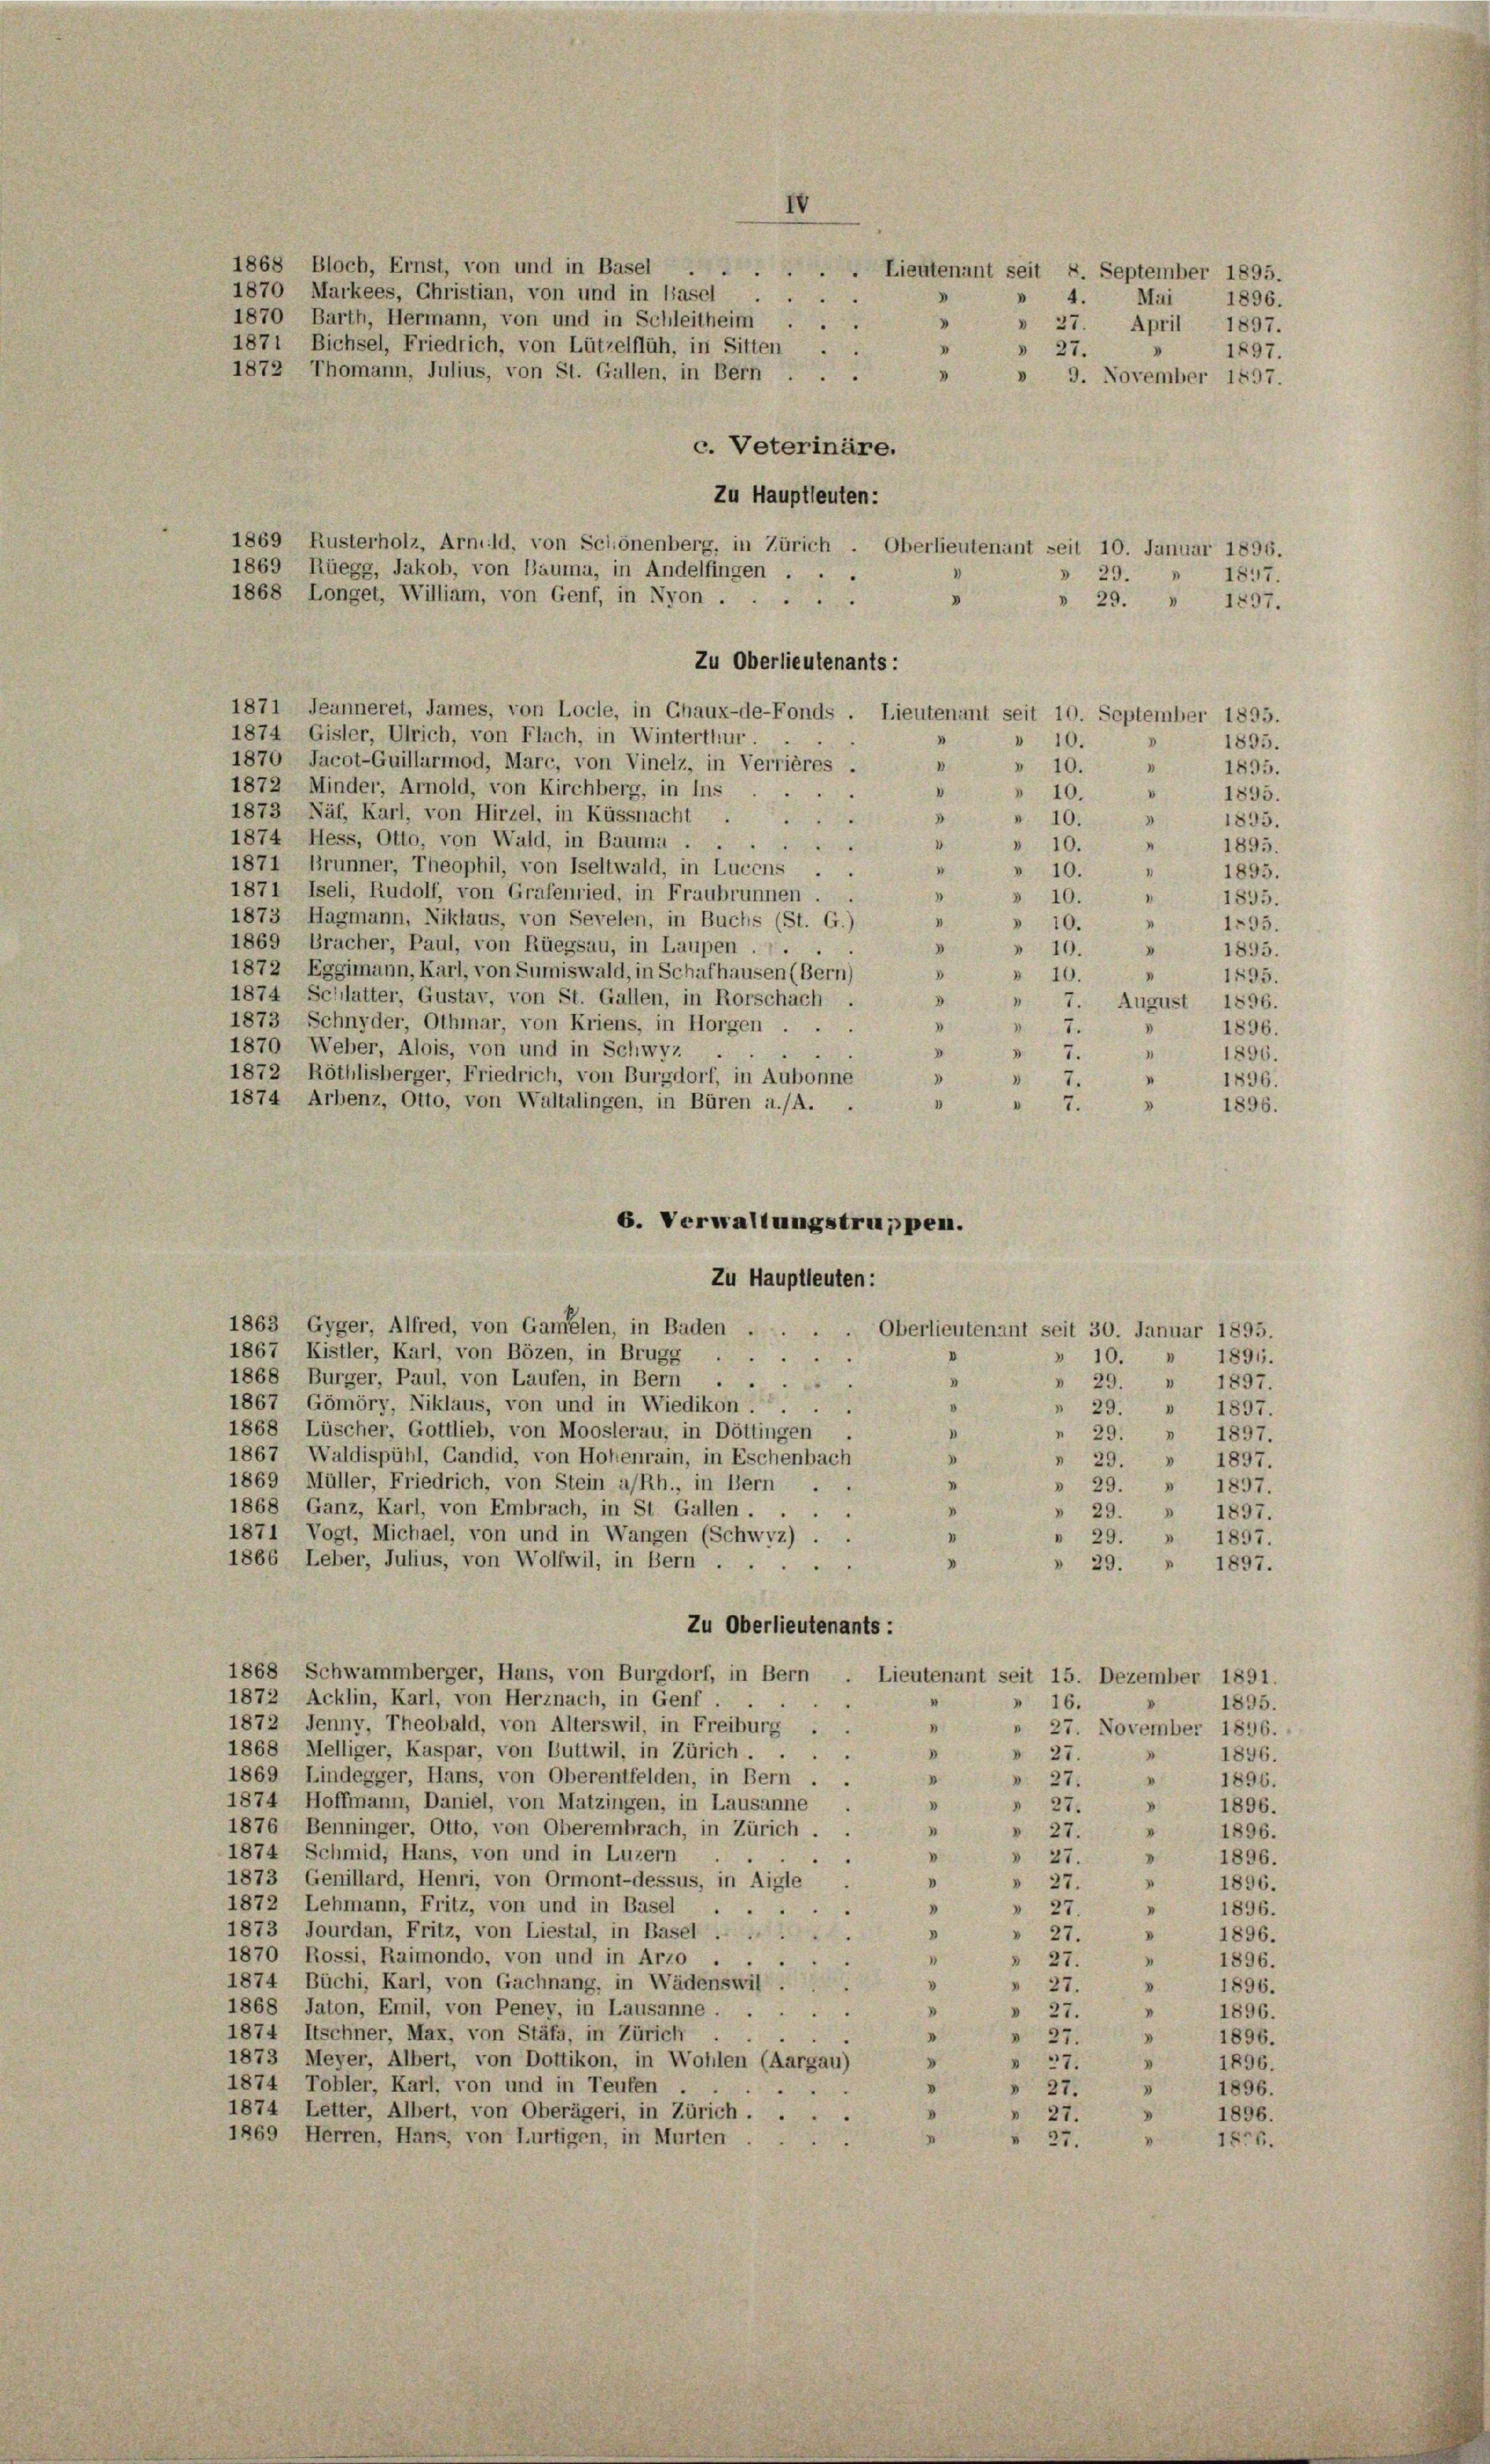
IV

1868 Bloch, Ernst, von und in Basel . . . . . . Lieutenant seit 8. September 1895.
1870 Markees, Christian, von und in Hasel . .
1870 Barth, Hermann, von und in Schleitheim.
"
1871 Bichsel, Friedrich, von Lützelflüh, in Sitten
1872 Thomann, Julius, von St. Gallen, in Bern ...
"
c. Veterinäre.
Zu Hauptleuten:
1869 Rusterholz, Arnold, von Schönenberg, in Zürich.
Oberlieutenant seit 10. Januar 1896.
1869 Rüegg, Jakob, von Bauma, in Andelfingen,
 29.
1897.
1868 Longet, William, von Genf, in Nyon.
»
» 29. » 1837.
Zu Oberlieutenants:
1871 Jeanneret, James, von Locle, in Chaux-de-Fonds,
Lieutenant seit 10. September 1895.
1874 Gisler, Ulrich, von Flach, in Winterthur . .
 10.
1895.
1870 Jacot-Guillarmod, Marc, von Vinelz, in Verrières .
.
 10.
1872 Minder, Arnold, von Kirchberg, in Ins
» 10.
V
1873 Näf, Karl, von Hirzel, in Küssnacht .
8
e
» 10.
u
1874 Hess, Otto, von Wald, in Bauma.
e
 10.
"
1871 Brunner, Theophil, von Iseltwald, in Lucens ..
I
» 10.
I
1871 Iseli, Rudolf, von Grafenried, in Fraubrunnen . .
» 10.
I
1873 Hagmann, Niklaus, von Sevelen, in Buchs (St. G.)
3
" 10.
1869 Bracher, Paul, von Rüegsau, in Laupen ....
» 10. » 1895.
.
1872 Eggimann, Karl, von Sumiswald, in Schafhausen (Bern)
V
10.
I
1874 Schlatter, Gustav, von St. Gallen, in Rorschach .
D.
 7. August 1896.
1873 Schnyder, Othmar, von Kriens, in Horgen ...
7.
1
"
.
1870 Weber, Alois, von und in Schwyz
1896.
1
1872 Röthlisberger, Friedrich, von Burgdorf, in Aubonne
D
1874 Arbenz, Otto, von Waltalingen, in Büren a/A. .
I
6. Verwaltungstruppen.
Zu Hauptleuten:
1863 Gyger, Alfred, von Gamelen, in Baden .
Oberlieutenant seit 30. Januar 1895.
1867 Kistler, Karl, von Bözen, in Brugg.
» 10. » 1891.
D
1868 Burger, Paul, von Laufen, in Bern . .
» 29.
" 1897.
1867 Gömöry, Niklaus, von und in Wiedikon.
 29. » 1897.
1868 Lüscher, Gottlieb, von Mooslerau, in Döttingen
 29. » 1897.
1867, Waldispühl, Candid, von Hohenrain, in Eschenbach
.
 1897.
29.
1869 Müller, Friedrich, von Stein a/Rh., in Bern . .
» 29. » 1837.
1868 Ganz, Karl, von Embrach, in St. Gallen.
29.

1897.
D
1871 Vogt, Michael, von und in Wangen (Schwyz) . .
r
29. » 1897.
1866 Leber, Julius, von Wolfwil, in Bern.
 29.
1897.
Zu Oberlieutenants:
1868 Schwammberger, Hans, von Burgdorf, in Bern
Lieutenant seit 15. Dezember 1891.
1872 Acklin, Karl, von Herznach, in Genf.
» 16.
1895.
1872 Jenny, Theobald, von Alterswil, in Freiburg . .
.
» 27. November 1896.
1868 Melliger, Kaspar, von Buttwil, in Zürich
1
» 27.
1896.
.
1869 Lindegger, Hans, von Oberentfelden, in Bern . .
.
.
1896.
 27.
1874 Hoffmann, Daniel, von Matzingen, in Lausanne
I
 27.
.
1896.
1876 Benninger, Otto, von Oberembrach, in Zürich
1
"
 27.
1896.
1874 Schmid, Hans, von und in Luzern . .
 27.
.
1896.
.
1873 Genillard, Henri, von Ormont-dessus, in Aigle
 27.
.
» 1896.
1872 Lehmann, Fritz, von und in Basel
 27.
"
" 1896.
1873 Jourdan, Fritz, von Liestal, in Basel . . .
v
" 27.
» 1896.

1870 Rossi, Raimondo, von und in Arzo ...
1
"
1896.
 27.
1874 Büchi, Karl, von Gachnang, in Wädenswil .
"
 27.
» 1896.
1868 Jaton, Emil, von Peney, in Lausanne . . .
" 1896.
.
» 27.
1874 Itschner, Max, von Stäfa, in Zürich ..
I
"
1896.
27.
 27.
1873 Meyer, Albert, von Dottikon, in Wohlen (Aargau)
"
"
1896.
1874 Tobler, Karl, von und in Teufen . .
1896.
 27.
1874 Letter, Albert, von Oberägeri, in Zürich.
1896.
 27.
1869 Herren, Hans, von Lurtigen, in Murten
1874.
 27.

4. Mai 1896.
» 27. April 1897.
§ 27.
1897.
» 9. November 1897.

1895.
1895.
1895.
1895.
1895.
1895.
1795.
1895.
1896.

1896.
1896.